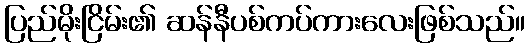
ပြည်မိုးငြိမ်း၏ ဆန်နီပစ်ကပ်ကားလေးဖြစ်သည်။